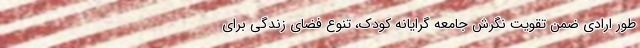
طور ارادی ضمن تقویت نگرش جامعه گرایانه کودک، تنوع فضای زندگی برای